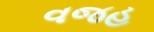
વજહ